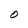
Character: O